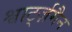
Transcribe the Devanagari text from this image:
श्वार्ट्ज़मैन